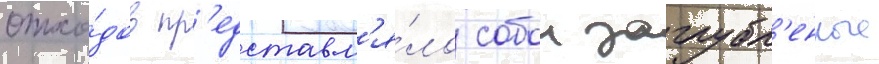
отхо́дов пр'едставл'я́ло собои заглубл'енные